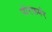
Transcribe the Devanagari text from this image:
पोरफर्मर